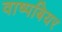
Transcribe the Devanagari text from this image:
वाष्पबियर